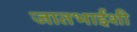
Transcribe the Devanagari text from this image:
जातभाईंशी